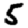
Digit: 5